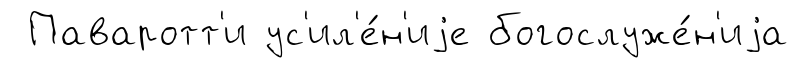
Паваротт'и ус'ил'е́н'иjе богослуже́н'иjа